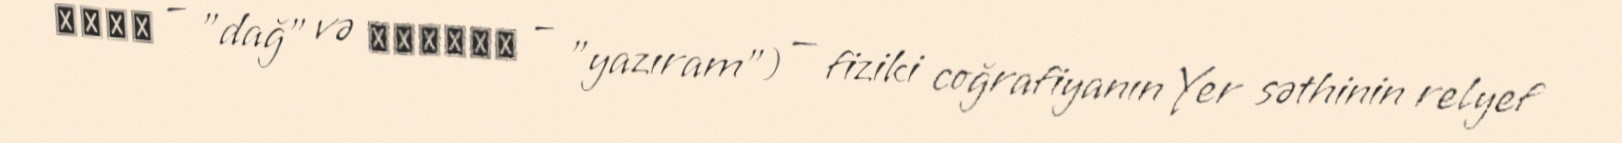
όρος – "dağ" və γραφία – "yazıram") — fiziki coğrafiyanın Yer səthinin relyef